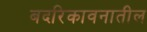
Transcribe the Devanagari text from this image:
बदरिकावनातील